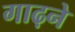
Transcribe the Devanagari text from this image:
गाढ़ने